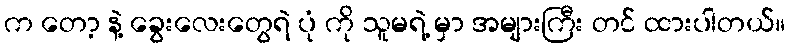
က တော့ နဲ့ ခွေးလေးတွေရဲ ပုံ ကို သူမရဲ့ မှာ အများကြီး တင် ထားပါတယ်။